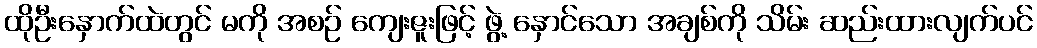
ထိုဦးနှောက်ထဲတွင် မကို အစဉ် ကျေးဇူးဖြင့် ဖွဲ့ နှောင်သော အချစ်ကို သိမ်း ဆည်းထားလျက်ပင်